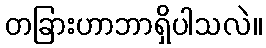
တခြားဟာဘာရှိပါသလဲ။